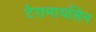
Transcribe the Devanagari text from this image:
टैरामायसिन